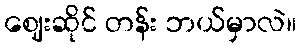
ဈေးဆိုင် တန်း ဘယ်မှာလဲ။